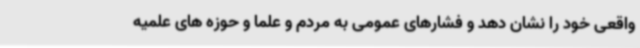
واقعی خود را نشان دهد و فشارهای عمومی به مردم و علما و حوزه های علمیه